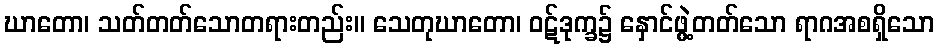
ဃာတော၊ သတ်တတ်သောတရားတည်း။ သေတုဃာတော၊ ဝဋ်ဒုက္ခ၌ နှောင်ဖွဲ့တတ်သော ရာဂအစရှိသော